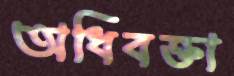
অধিবক্তা